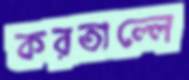
করতাল্লে